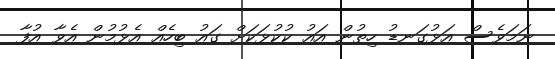
ނަމަވެސް އަޅުގަނޑު ހިތުން އައު ކުކުޅަކަށް ގައު ބިހެއް އެޅުމުން އެވާ އުފާ